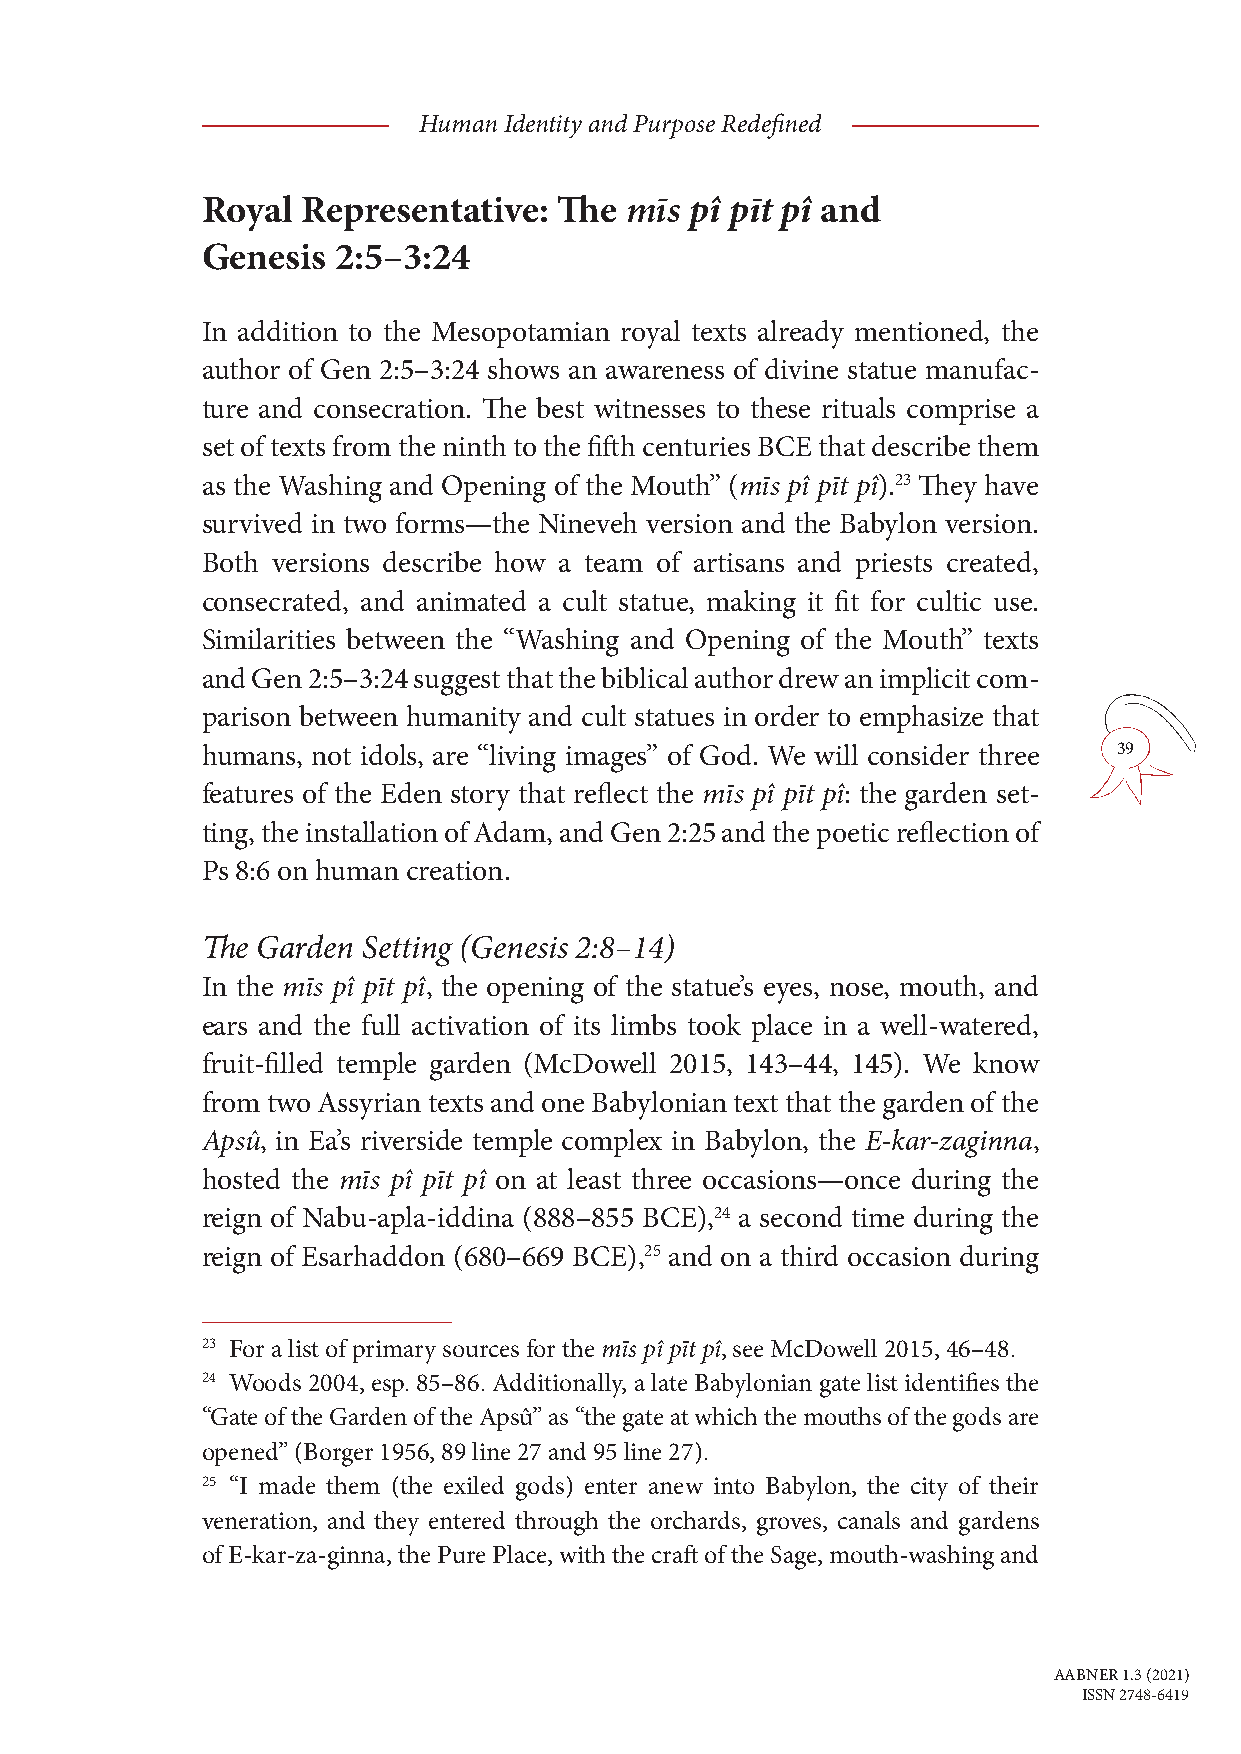
Human Identity and Purpose Redefined
 Royal  Representative:  The mīs  pî pīt pî and
 Genesis  2:5–3:24
 In addition to the Mesopotamian royal texts already mentioned, the
 author of Gen 2:5–3:24 shows an awareness of divine statue manufac-
 ture and consecration. The best witnesses to these rituals comprise a
 set of texts from the ninth to the fifth centuries BCE that describe them
 as the Washing and Opening of the Mouth” (mīs pî pīt pî).23 They have
 survived in two forms—the Nineveh version and the Babylon version.
 Both versions describe how a team of artisans and priests created,
 consecrated, and animated a cult statue, making it fit for cultic use.
 Similarities between the “Washing and Opening of the Mouth” texts
 and Gen 2:5–3:24 suggest that the biblical author drew an implicit com-
 parison between humanity and cult statues in order to emphasize that
 humans, not idols, are “living images” of God. We will consider three 39
 features of the Eden story that reflect the mīs pî pīt pî: the garden set-
 ting, the installation of Adam, and Gen 2:25 and the poetic reflection of
 Ps 8:6 on human creation.
 The Garden Setting (Genesis 2:8–14)
 In the mīs pî pīt pî, the opening of the statue’s eyes, nose, mouth, and
 ears and the full activation of its limbs took place in a well-watered,
 fruit-filled temple garden (McDowell 2015, 143–44, 145). We know
 from two Assyrian texts and one Babylonian text that the garden of the
 Apsû, in Ea’s riverside temple complex in Babylon, the E-kar-zaginna,
 hosted the mīs pî pīt pî on at least three occasions—once during the
 reign of Nabu-apla-iddina (888–855 BCE),24 a second time during the
 reign of Esarhaddon (680–669 BCE),25 and on a third occasion during
 23 For a list of primary sources for the mīs pî pīt pî, see McDowell 2015, 46–48.
 24 Woods 2004, esp. 85–86. Additionally, a late Babylonian gate list identifies the
 “Gate of the Garden of the Apsû” as “the gate at which the mouths of the gods are
 opened” (Borger 1956, 89 line 27 and 95 line 27).
 25 “I made them (the exiled gods) enter anew into Babylon, the city of their
 veneration, and they entered through the orchards, groves, canals and gardens
 of E-kar-za-ginna, the Pure Place, with the craft of the Sage, mouth-washing and
 AABNER 1.3 (2021)
 ISSN 2748-6419